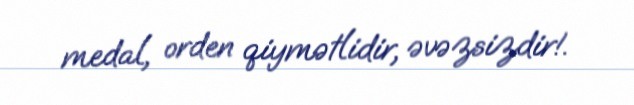
medal, orden qiymətlidir, əvəzsizdir!.